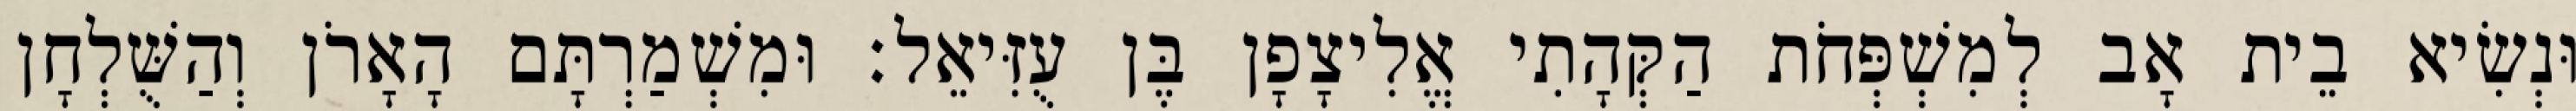
וּנְשִׂיא בֵית אָב לְמִשְׁפְּחֹת הַקְּהָתִי אֱלִיצָפָן בֶּן עֻזִּיאֵל׃ וּמִשְׁמַרְתָּם הָאָרֹן וְהַשֻּׁלְחָן